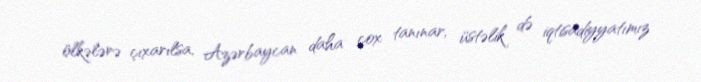
ölkələrə çıxarılsa, Azərbaycan daha çox tanınar, üstəlik də iqtisadiyyatımız